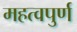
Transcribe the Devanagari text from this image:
महत्‍वपुर्ण